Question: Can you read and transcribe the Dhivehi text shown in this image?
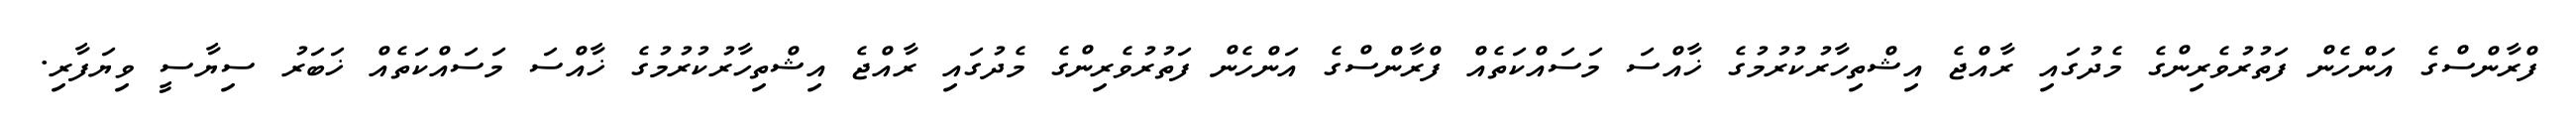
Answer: ފްރާންސްގެ އަންހެން ފަތުރުވެރިންގެ މެދުގައި ރާއްޖެ އިޝްތިހާރުކުރުމުގެ ޚާއްސަ މަސައްކަތެއް ފްރާންސްގެ އަންހެން ފަތުރުވެރިންގެ މެދުގައި ރާއްޖެ އިޝްތިހާރުކުރުމުގެ ޚާއްސަ މަސައްކަތެއް ޚަބަރު ސިޔާސީ ވިޔަފާރި.